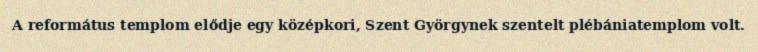
A református templom elődje egy középkori, Szent Györgynek szentelt plébániatemplom volt.